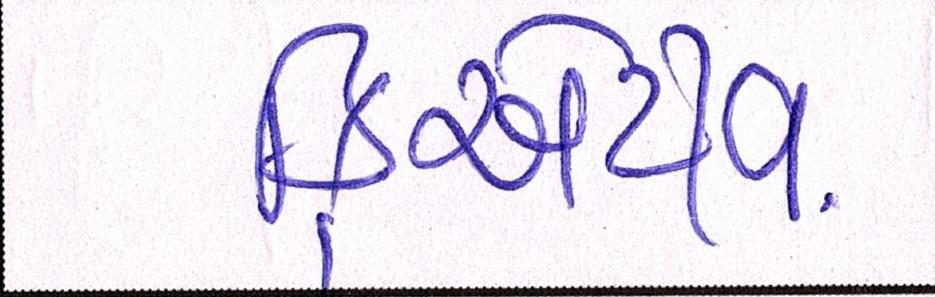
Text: ક્રિએટીવ